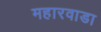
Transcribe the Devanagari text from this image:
महारवाडा